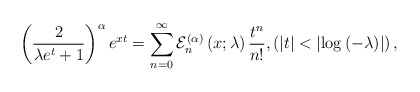
\begin{align*}\left( \frac{2}{\lambda e^{t}+1}\right) ^{\alpha}e^{xt}=\sum_{n=0}^{\infty}\mathcal{E}_{n}^{\left( \alpha\right) }\left( x;\lambda\right)\frac{t^{n}}{n!},\left( \left\vert t\right\vert <\left\vert\log\left( -\lambda\right) \right\vert \right) , \end{align*}